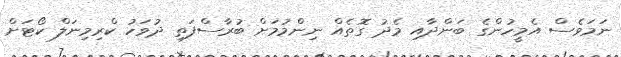
ނަމަވެސް އެމީހުންގެ ބަންދާއި މެދު ގޮތެއް ނިންމުމަށް ބުރާސްފަތި ދުވަހު ކްރިމިނަލް ކޯޓަށް